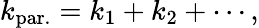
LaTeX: k_{\mathrm{par.}}=k_{1}+k_{2}+\cdots,